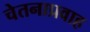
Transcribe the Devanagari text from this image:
चेतनाप्रवाह